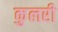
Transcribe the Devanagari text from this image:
कुलरी